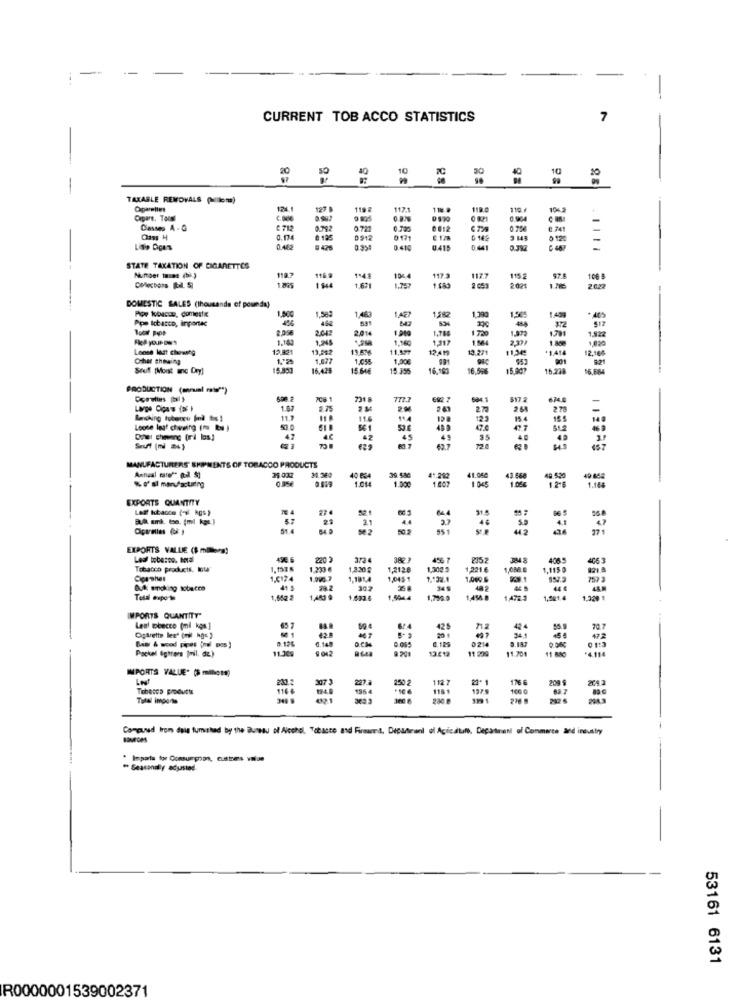
--
-
CURRENT TOB ACCO STATISTICS
7
10
9.8
-
TAKABLE REMOVALS (Milem)
124.1
119
1171
1045
Capare, Toosl
0721
0.725
0012
0.75€
8 241
11
0.134
0912
0171
6 142
3 148
0 12
Lido Dices
0.445
0 410
0.415
0 441
STATE TAXATION OF CIGARETTES
119.2
116
1548
104 4
117.3
1177
115 2
100 5
1 544
1.671
1 0%
2021
2622
DOMESTIC SALES (thousands of pounds)
Por kolveces, comeste
1,50
1.463
Pipe Icbarco, inpontec
591
1.427
1,582
1,5€!
1.409
2.042
2,014
1.786
1.791
$72
1.922
Fel your oss
1.143
1.244
1.317
1.860
1,020
Loose last chewing
13.342
13.536
11,577
12.41
13.271
+1.414
12.168
Char theving
1.677
1.000
821
Souffl [Moest anc Deyl
15.833
16.421
15 646
15.330
16,163
16.50
15.007
15.238
16,664
PRODUCTION (meal at")
7091
231 8
692 7
517 2
1.67
2.75
27
264
2.78
-
Backing tobenru (d this !
11.
116
12
154
Loose leaf chweing (m &s )
61 8
42.7
Die: chiweng (ri las)
42
45
49
40
Seuft (mi 2)
MANUFACTURERS SHIPMENTS OF TOBACCO PRODUCTS
30.300
40 60A
39.580
1.166
EXPORTS QUANTITY
Left tobacco (4% kgs)
Bulk smk. too. (mil kgc.]
25
21
EXPORTS VALLE ($ millera)
Les tobe:co. betal
496 6
220 2
4065
Tobacco products, It
1.233 €
1,2128
1,300 3
1,221 €
1,1150
Cioashes
1.0174
1,101,4
1,045 1
1.000 &
-. 1
0,4 smoking tobacco
28.2
349
Total experte
1,662 2
1,483 @
1.633.6
1,504.4
1,750.0
1471
1,921.4
1,329 1
IMPORTS QUANTITY"
Leal wbecco (mi kgs ]
425
70.7
Cigarette les' (oil hg= )
D 126
0.148
467
201
0214
8.187
472
Packel lighters (mil. de)
11.309
9 042
13.612
6.129
11 290
11.201
01:3
IMPORTS VALUE" (5 millors)
250.2
1127
176.6
1166
1975
100 0
82 7
Compued from dou fumisted by the Bureau of Alcohol, Tobacco and Fireams, Depadroni di Acicatull, Depainani of Commerce and industry
53161 6131
R0000001539002371